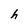
Character: h